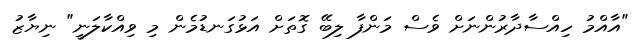
"އާއްމު ހިއްސާދާރުންނަށް ވެސް މަންފާ ލިބޭ ގޮތަށް އަޅުގަނޑުމެން މި ވިއްކާލަނީ" ނިޔާޒު